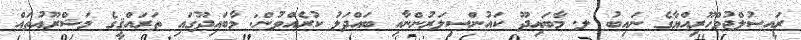
ރައީސުލްޖުމްހޫރިއްޔާގެ ނައިބު ލ. މާބައިދޫ ކައުންސިލަރުންނާއި ބައްދަލު ކުރެއްވުން: މާބައިދޫގައި ތަރައްޤީގެ މަޝްރޫޢުތައް